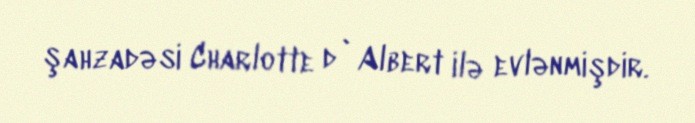
şahzadəsi Charlotte d`Albert ilə evlənmişdir.